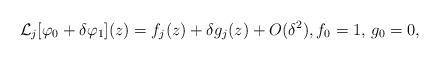
LaTeX: \begin{align*}\mathcal{L}_{j}[ \varphi _0 + \delta \varphi _1](z) = f_j(z) + \delta g_j(z) + O(\delta ^2), f_0 = 1,\, g_0 = 0,\end{align*}